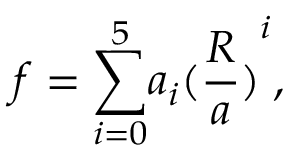
f = { \sum _ { i = 0 } ^ { 5 } } a _ { i } { ( \frac { R } { a } ) } ^ { i } ,